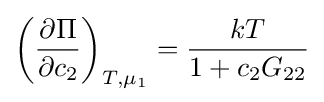
\left({\frac {\partial \Pi }{\partial c_{2}}}\right)_{T,\mu _{1}}={\frac {kT}{1+c_{2}G_{22}}}